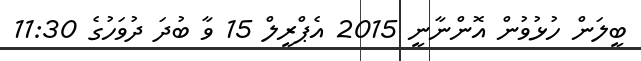
ބީލަން ހުޅުވުން އޮންނާނީ 2015 އެޕްރީލް 15 ވާ ބުދަ ދުވަހުގެ 11:30